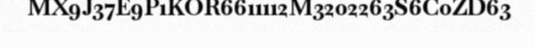
MX9J37E9P1KOR6611112M3202263S6C0ZD63